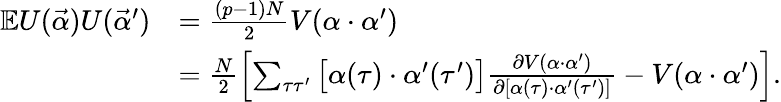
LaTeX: \begin{array}{rl}{\mathbb{E}U(\vec{\alpha})U(\vec{\alpha}^{\prime})}&{=\frac{(p-1)N}{2}V(\alpha\cdot\alpha^{\prime})}\\ &{=\frac{N}{2}\left[\sum_{\tau\tau^{\prime}}\big[\alpha(\tau)\cdot\alpha^{\prime}(\tau^{\prime})\big]\frac{\partial V(\alpha\cdot\alpha^{\prime})}{\partial[\alpha(\tau)\cdot\alpha^{\prime}(\tau^{\prime})]}-V(\alpha\cdot\alpha^{\prime})\right].}\end{array}